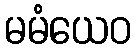
မမံယေဝ